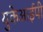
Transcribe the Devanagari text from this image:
युकेआईपी